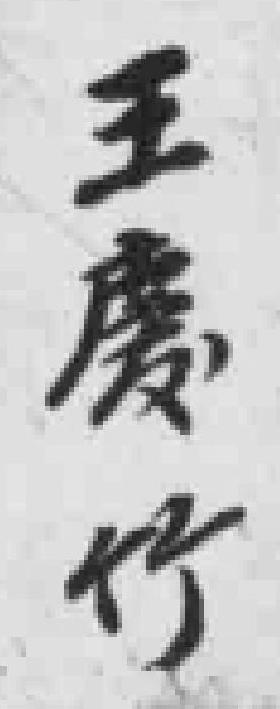
王*竹